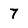
Character: 7